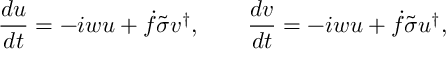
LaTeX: \frac { d u } { d t } = - i w u + { \dot { f } } \tilde { \sigma } v ^ { \dagger } , \qquad \frac { d v } { d t } = - i w u + { \dot { f } } \tilde { \sigma } u ^ { \dagger } ,